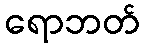
ရောဘတ်